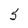
Character: 5